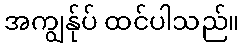
အကျွန်ုပ် ထင်ပါသည်။